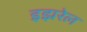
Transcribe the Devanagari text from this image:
इझरेल